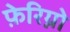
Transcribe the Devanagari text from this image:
फ़ेरिग्नो